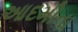
આદમીના